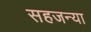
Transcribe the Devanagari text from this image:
सहजन्या